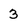
Character: 3